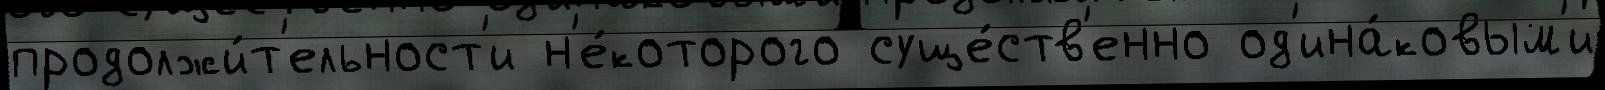
продолжи́т'ельност'и н'е́которого суще́ств'енно од'ина́ковым'и